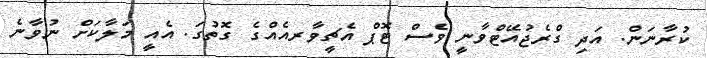
ކުރާނަން. އަދި ގްރެޖުއޭޓްވާނީ ވެސް ޓޮޕް އެޗީވާރއެއްގެ ގޮތުގަ. އެއީ މަލާކަށް ނުވާނެ